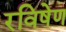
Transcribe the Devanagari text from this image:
रविषेण